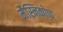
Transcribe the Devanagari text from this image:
मैस्निकोफ